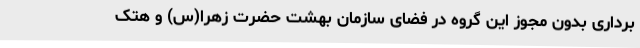
برداری بدون مجوز این گروه در فضای سازمان بهشت حضرت زهرا(س) و هتک